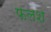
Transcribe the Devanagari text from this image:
फलश